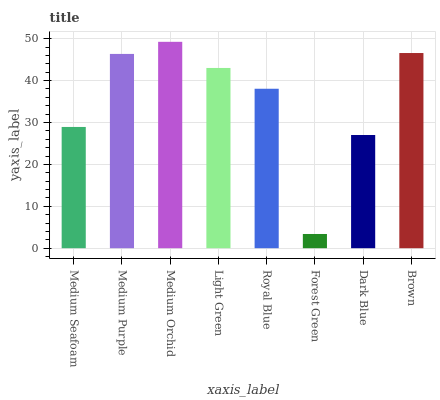
| xaxis_label | bars |
 | --- | --- |
 | Medium Seafoam | 28.9 |
 | Medium Purple | 46.4 |
 | Medium Orchid | 49.3 |
 | Light Green | 43 |
 | Royal Blue | 38.1 |
 | Forest Green | 3.39 |
 | Dark Blue | 27 |
 | Brown | 46.6 |